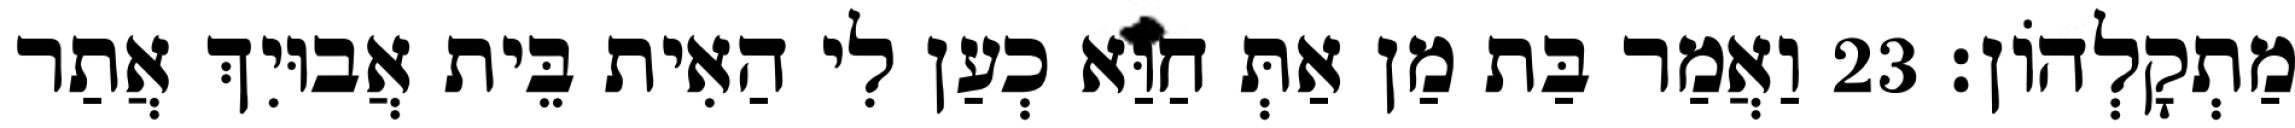
מַתְקָלְהוֹן׃ 23 וַאֲמַר בַּת מַן אַתְּ חַוַּא כְעַן לִי הַאִית בֵּית אֲבוּיִךְ אֲתַר